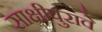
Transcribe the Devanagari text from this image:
साक्षीपुरावे